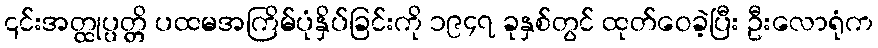
၎င်းအတ္ထုပ္ပတ္တိ ပထမအကြိမ်ပုံနှိပ်ခြင်းကို ၁၉၄၇ ခုနှစ်တွင် ထုတ်ဝေခဲ့ပြီး ဦးလောရုံက